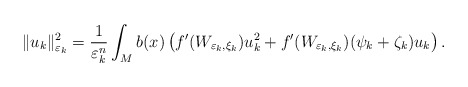
\begin{align*}\Vert u_{k}\Vert_{\varepsilon_{k}}^{2}=\frac{1}{\varepsilon_{k}^{n}}\int_{M}b(x)\left( f^{\prime}(W_{\varepsilon_{k},\xi_{k}})u_{k}^{2}+f^{\prime}(W_{\varepsilon_{k},\xi_{k}})(\psi_{k}+\zeta_{k})u_{k}\right) .\end{align*}